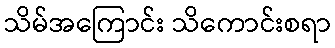
သိမ်အကြောင်း သိကောင်းစရာ